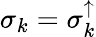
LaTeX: \sigma_{k}=\sigma_{k}^{\uparrow}